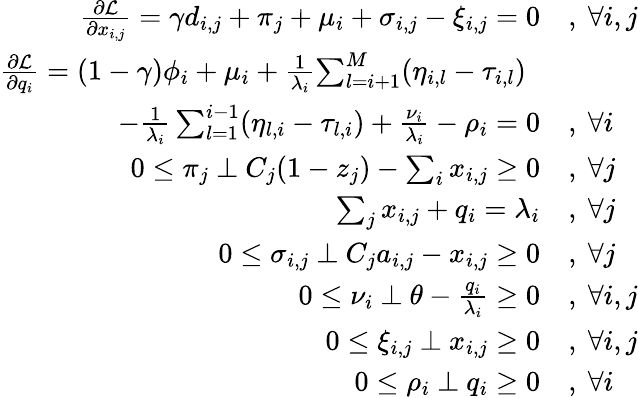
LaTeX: \begin{array}{rl}{\frac{\partial\mathcal{L}}{\partial x_{i,j}}=\gamma d_{i,j}+\pi_{j}+\mu_{i}+\sigma_{i,j}-\xi_{i,j}=0}&{,~\forall i,j}\\ {\frac{\partial\mathcal{L}}{\partial q_{i}}=(1-\gamma)\phi_{i}+\mu_{i}+\frac{1}{\lambda_{i}}\! \sum_{l=i+1}^{M}\! \left(\eta_{i,l}-\tau_{i,l}\right)~~}&{}\\ {-\frac{1}{\lambda_{i}}\sum_{l=1}^{i-1}\! \left(\eta_{l,i}-\tau_{l,i}\right)+\frac{\nu_{i}}{\lambda_{i}}-\rho_{i}=0}&{,~\forall i}\\ {0\leq\pi_{j}~\bot~C_{j}(1-z_{j})-\sum_{i}x_{i,j}\geq 0}&{,~\forall j}\\ {\sum_{j}x_{i,j}+q_{i}=\lambda_{i}}&{,~\forall j}\\ {0\leq\sigma_{i,j}~\bot~C_{j}a_{i,j}-x_{i,j}\geq 0}&{,~\forall j}\\ {0\leq\nu_{i}~\bot~\theta-\frac{q_{i}}{\lambda_{i}}\geq 0}&{,~\forall i,j}\\ {0\leq\xi_{i,j}~\bot~x_{i,j}\geq 0}&{,~\forall i,j}\\ {0\leq\rho_{i}~\bot~q_{i}\geq 0}&{,~\forall i}\end{array}